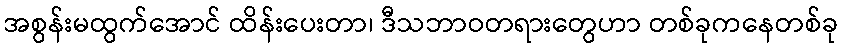
အစွန်းမထွက်အောင် ထိန်းပေးတာ၊ ဒီသဘာဝတရားတွေဟာ တစ်ခုကနေတစ်ခု